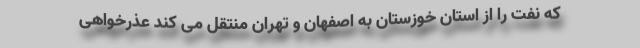
که نفت را از استان خوزستان به اصفهان و تهران منتقل می کند عذرخواهی